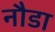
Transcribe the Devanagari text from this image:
नौडा